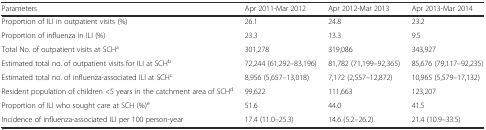
<table><thead><tr><td><b>Parameters</b></td><td><b>Apr 2011-Mar 2012</b></td><td><b>Apr 2012-Mar 2013</b></td><td><b>Apr 2013-Mar 2014</b></td></tr></thead><tbody><tr><td>Proportion of ILI in outpatient visits (%)</td><td>26.1</td><td>24.8</td><td>23.2</td></tr><tr><td>Proportion of influenza in ILI (%)</td><td>23.3</td><td>13.3</td><td>9.5</td></tr><tr><td>Total No. of outpatient visits at SCH<sup>a</sup></td><td>301,278</td><td>319,086</td><td>343,927</td></tr><tr><td>Estimated total no. of outpatient visits for ILI at SCH<sup>b</sup></td><td>72,244 (61,292–83,196)</td><td>81,782 (71,199–92,365)</td><td>85,676 (79,117–92,235)</td></tr><tr><td>Estimated total no. of influenza-associated ILI at SCH<sup>c</sup></td><td>8,956 (5,657–13,018)</td><td>7,172 (2,557–12,872)</td><td>10,965 (5,579–17,132)</td></tr><tr><td>Resident population of children &lt;5 years in the catchment area of SCH<sup>d</sup></td><td>99,622</td><td>111,663</td><td>123,207</td></tr><tr><td>Proportion of ILI who sought care at SCH (%)<sup>e</sup></td><td>51.6</td><td>44.0</td><td>41.5</td></tr><tr><td>Incidence of influenza-associated ILI per 100 person-year</td><td>17.4 (11.0–25.3)</td><td>14.6 (5.2–26.2)</td><td>21.4 (10.9–33.5)</td></tr></tbody></table>